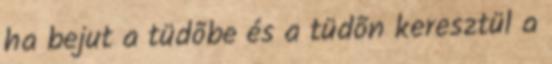
ha bejut a tüdõbe és a tüdõn keresztül a